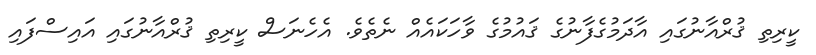
ކީރިތި ޤުރްއާނުގައި އާދަމުގެފާނުގެ ޤައުމުގެ ވާހަކައެއް ނެތެވެ. އެހެނަސް ކީރިތި ޤުރްއާނުގައި އައިސްފައި